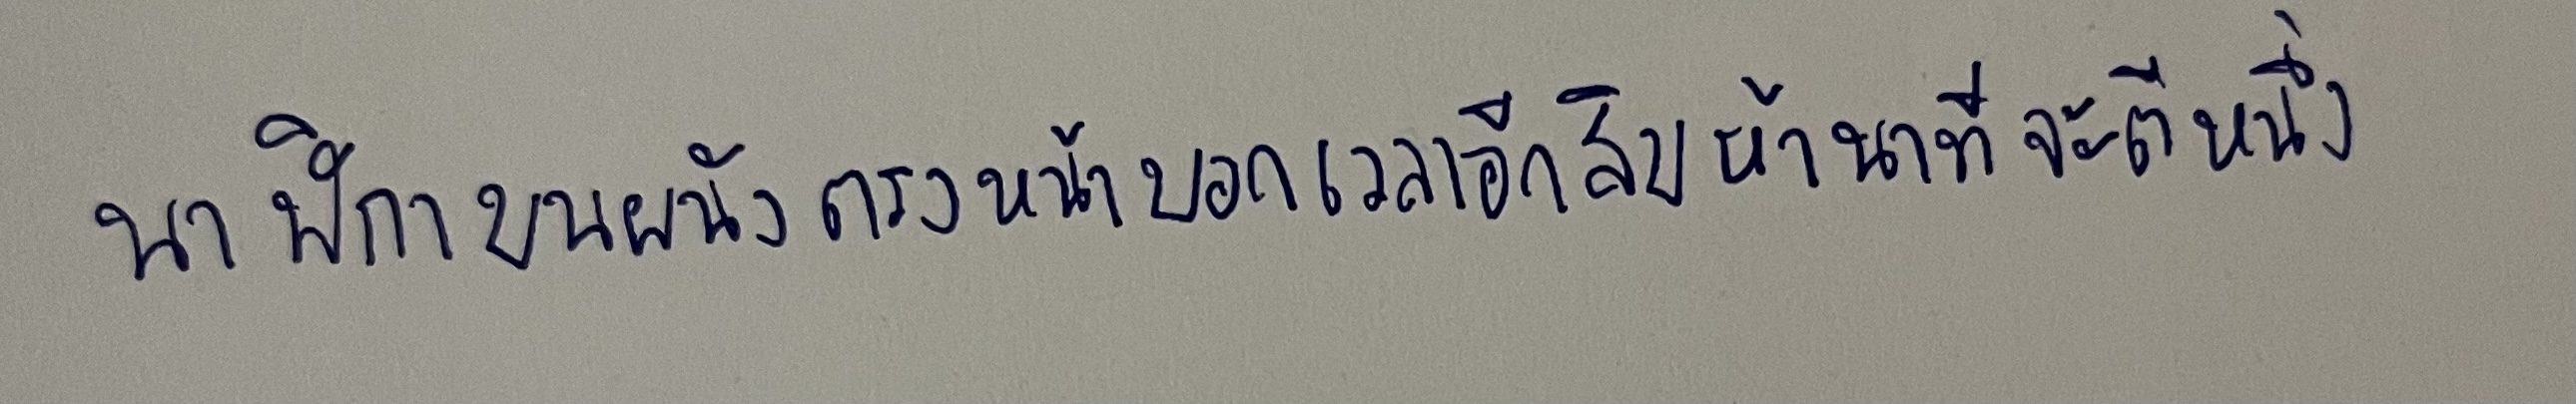
นาฬิกาบนผนังตรงหน้าบอกเวลาอีกสิบห้านาทีจะตีหนึ่ง